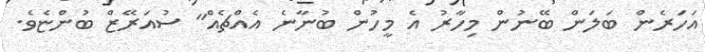
އަހަރެން ބަލަން ބޭނުން މިހާރު އެ މީހުން ބުނާނެ އެއްޗެއް" ސުއަރޭޒް ބުންޏެވެ.